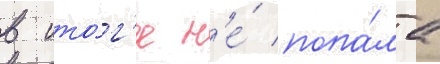
в ито́г'е н'е́ попа́ла